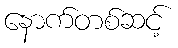
နောက်တစ်ဆင့်